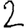
Digit: 2